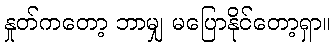
နှုတ်ကတော့ ဘာမျှ မပြောနိုင်တော့ရှာ။